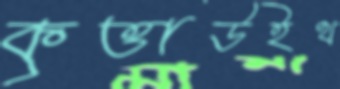
কৃত্তাউইথ